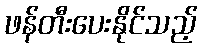
ဖန်တီးပေးနိုင်သည့်